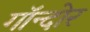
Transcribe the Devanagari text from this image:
गॉन्दोर